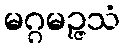
မဂ္ဂမဉ္ဇသံ